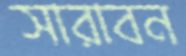
সারাবন